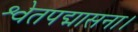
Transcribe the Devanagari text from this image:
श्वेतपद्मासना।